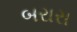
બરારા